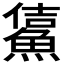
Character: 𩸔